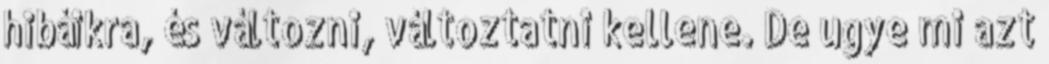
hibáikra, és változni, változtatni kellene. De ugye mi azt